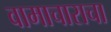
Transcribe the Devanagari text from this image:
वामाचाराचा